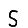
Digit: 5